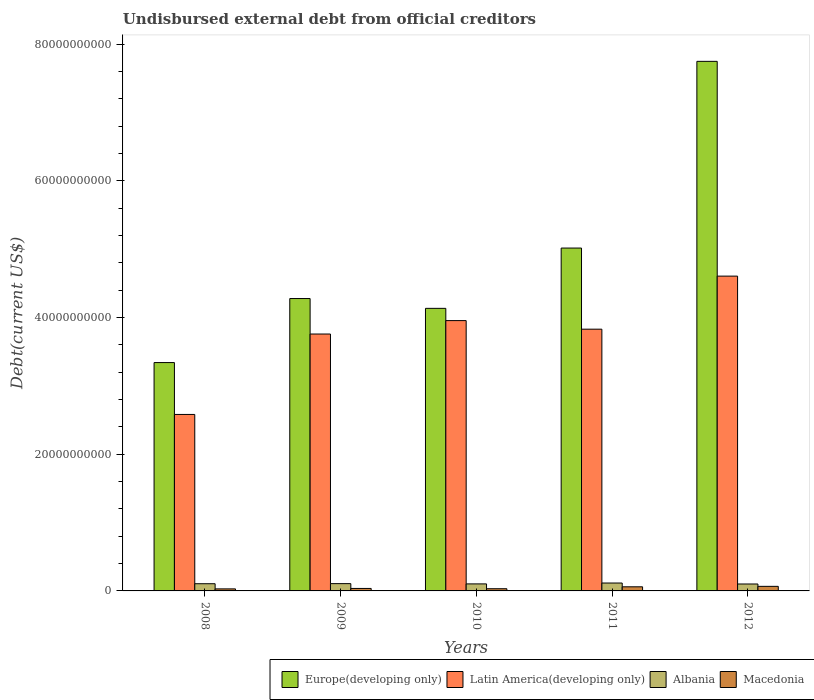
| Years | Europe(developing only) | Latin America(developing only) | Albania | Macedonia |
 | --- | --- | --- | --- | --- |
 | 2008 | 3.34e+10 | 2.58e+10 | 1.05e+09 | 2.98e+08 |
 | 2009 | 4.28e+10 | 3.76e+10 | 1.07e+09 | 3.63e+08 |
 | 2010 | 4.13e+10 | 3.95e+10 | 1.03e+09 | 3.21e+08 |
 | 2011 | 5.02e+10 | 3.83e+10 | 1.16e+09 | 6.02e+08 |
 | 2012 | 7.75e+10 | 4.61e+10 | 1.01e+09 | 6.68e+08 |